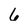
Character: 6